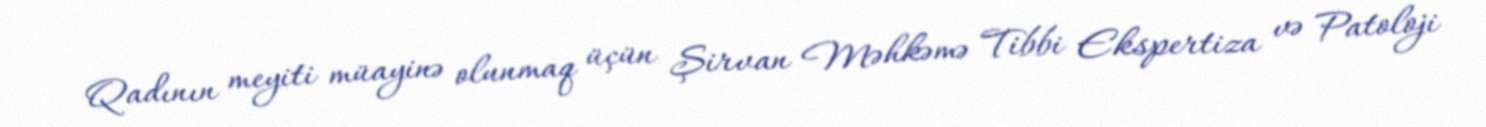
Qadının meyiti müayinə olunmaq üçün Şirvan Məhkəmə Tibbi Ekspertiza və Patoloji